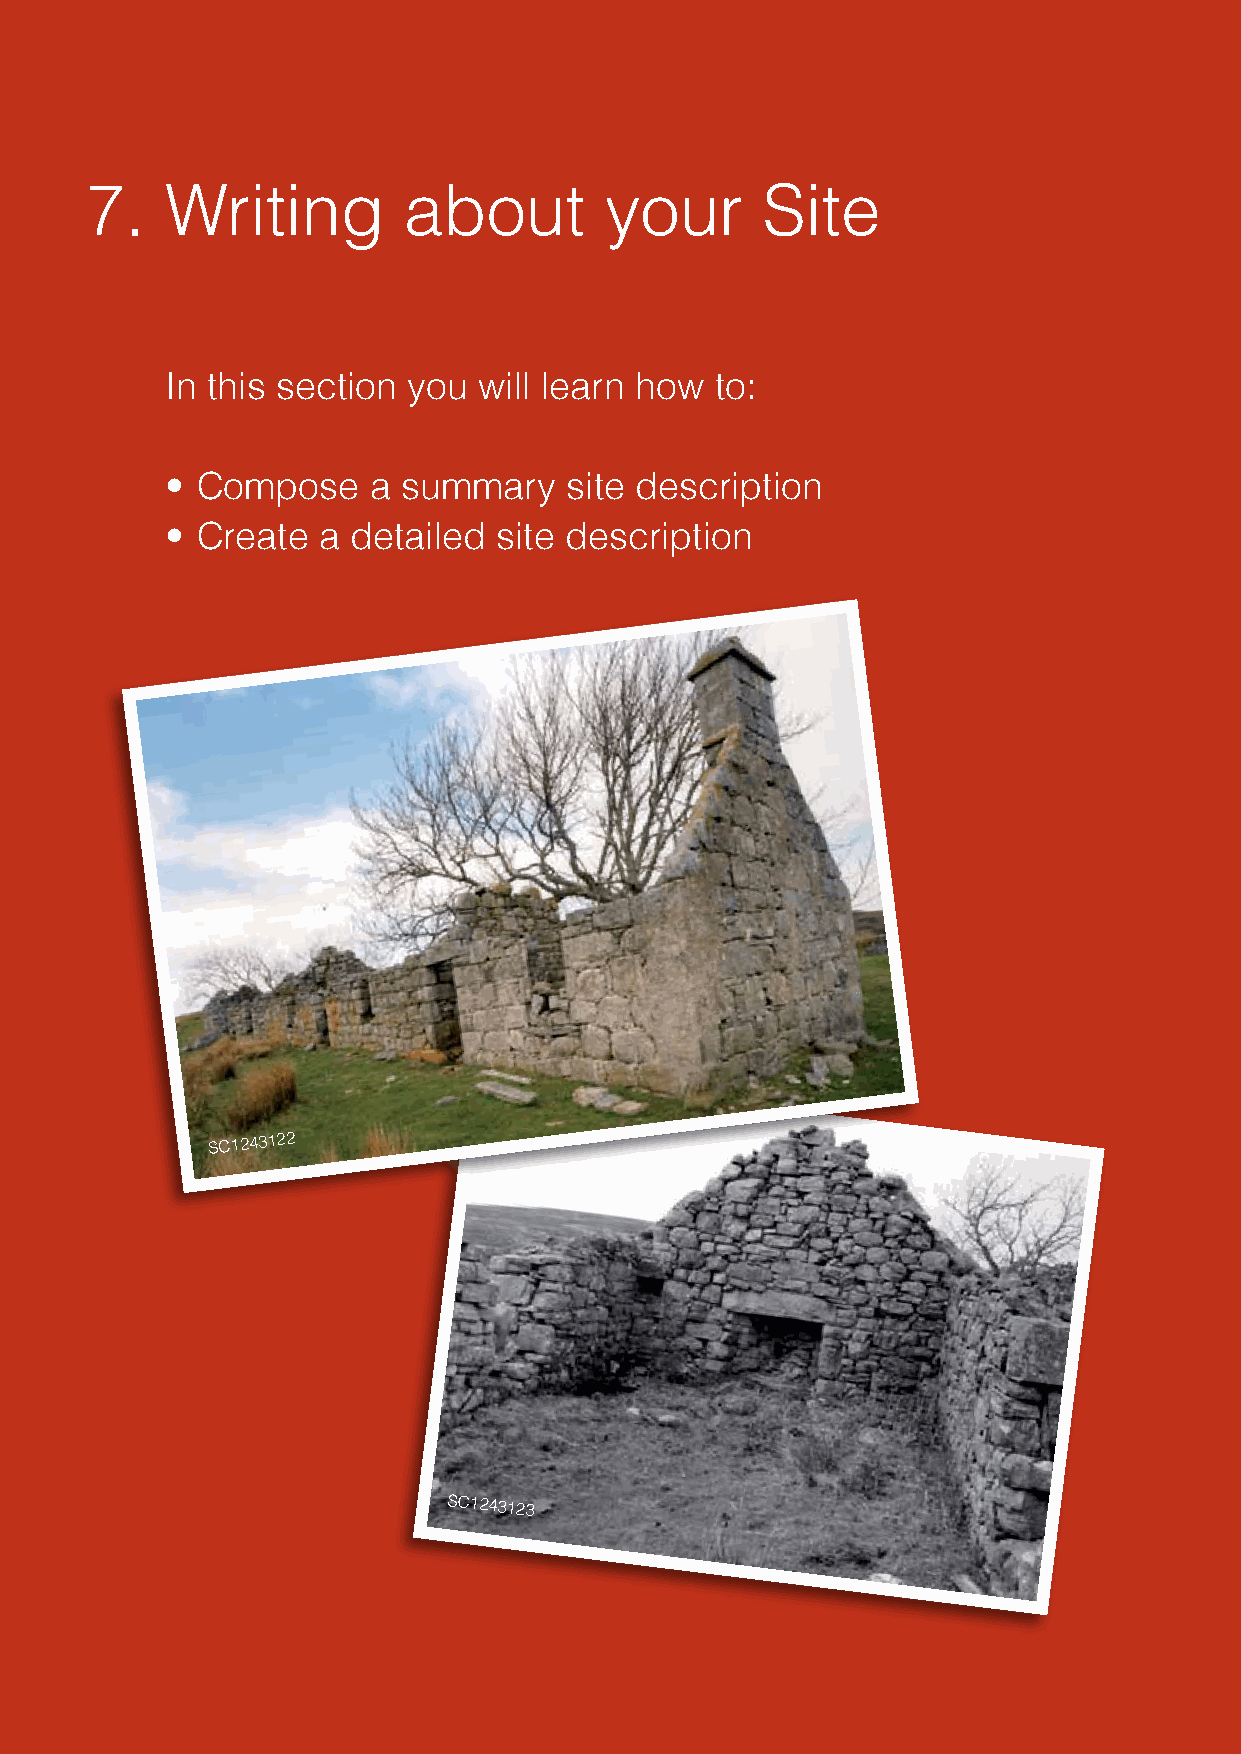
7.   Writing         about        your      Site
 In this section you  will learn how to:
 • Compose    a  summary   site description
 • Create  a detailed  site description
 SC1243122
 SC1243123